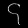
Digit: ၄